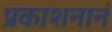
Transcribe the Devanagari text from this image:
प्रकाशनानं